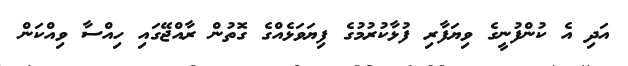
އަދި އެ ކުންފުނީގެ ވިޔަފާރި ފުޅާކުރުމުގެ ފިޔަވަޅެއްގެ ގޮތުން ރާއްޖޭގައި ހިއްސާ ވިއްކަން